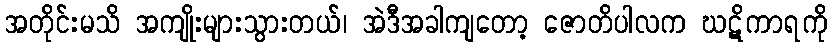
အတိုင်းမသိ အကျိုးများသွားတယ်၊ အဲဒီအခါကျတော့ ဇောတိပါလက ဃဋိကာရကို